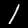
Digit: 1